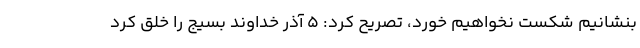
بنشانیم شکست نخواهیم خورد، تصریح کرد: ۵ آذر خداوند بسیج را خلق کرد